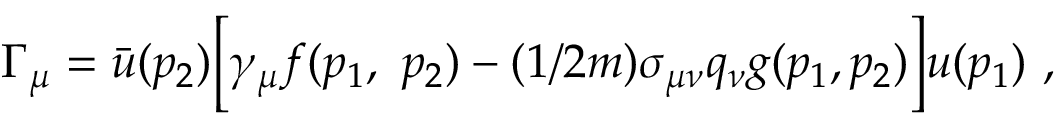
\Gamma _ { \mu } = \bar { u } ( p _ { 2 } ) \Big [ \gamma _ { \mu } f ( p _ { 1 } , ~ p _ { 2 } ) - ( 1 / 2 m ) \sigma _ { \mu \nu } q _ { \nu } g ( p _ { 1 } , p _ { 2 } ) \Big ] u ( p _ { 1 } ) ~ ,